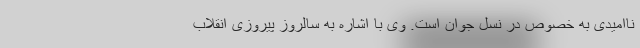
ناامیدی به خصوص در نسل جوان است. وی با اشاره به سالروز پیروزی انقلاب